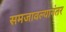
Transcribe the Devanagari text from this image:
समजावल्यानंतर